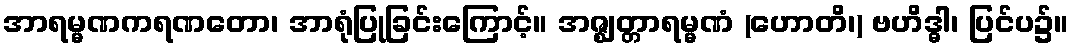
အာရမ္မဏကရဏတော၊ အာရုံပြုခြင်းကြောင့်။ အဇ္ဈတ္တာရမ္မဏံ (ဟောတိ၊) ဗဟိဒ္ဓါ၊ ပြင်ပ၌။